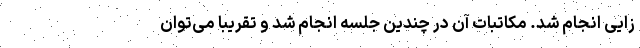
زایی انجام شد. مکاتبات آن در چندین جلسه انجام شد و تقریبا می‌توان